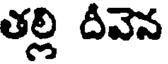
తల్లి దీవెన